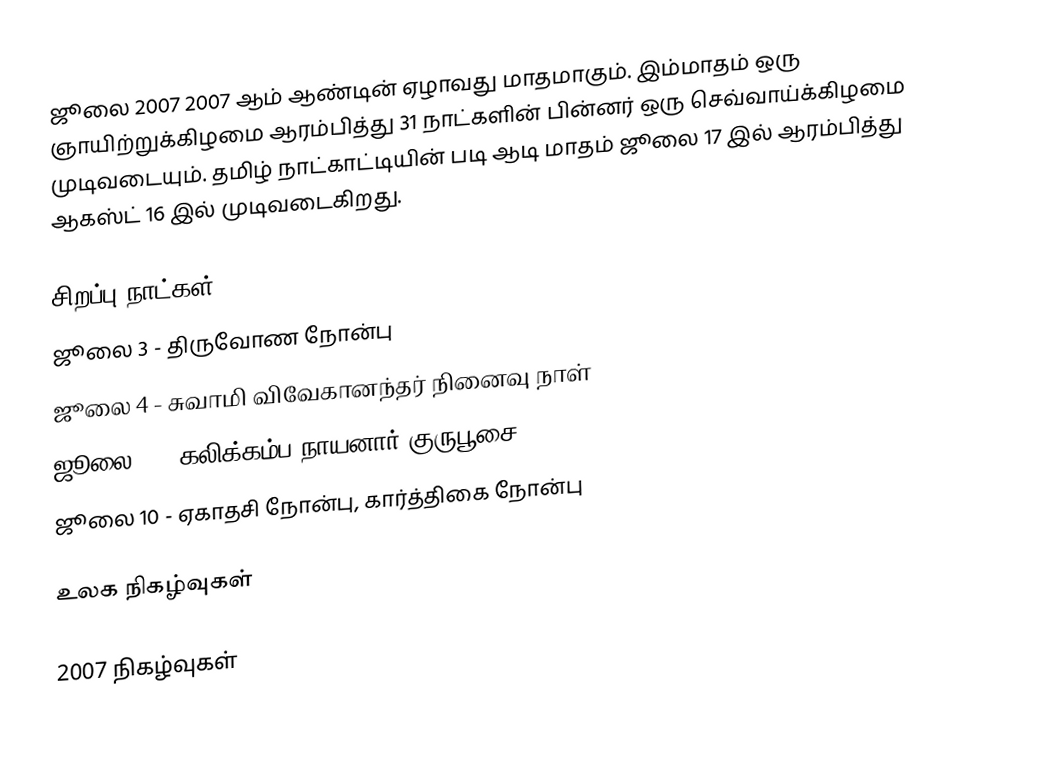
ஜூலை 2007 2007 ஆம் ஆண்டின் ஏழாவது மாதமாகும். இம்மாதம் ஒரு ஞாயிற்றுக்கிழமை ஆரம்பித்து 31 நாட்களின் பின்னர் ஒரு செவ்வாய்க்கிழமை முடிவடையும். தமிழ் நாட்காட்டியின் படி ஆடி மாதம் ஜூலை 17 இல் ஆரம்பித்து ஆகஸ்ட் 16 இல் முடிவடைகிறது.

சிறப்பு நாட்கள்
 ஜூலை 3 - திருவோண நோன்பு
 ஜூலை 4 - சுவாமி விவேகானந்தர் நினைவு நாள்
 ஜூலை 7 - கலிக்கம்ப நாயனார் குருபூசை
 ஜூலை 10 - ஏகாதசி நோன்பு, கார்த்திகை நோன்பு

உலக நிகழ்வுகள்

2007 நிகழ்வுகள்